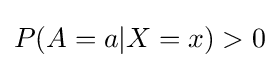
P(A=a|X=x)>0